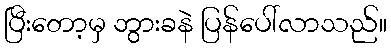
ပြီးတော့မှ ဘွားခနဲ ပြန်ပေါ်လာသည်။